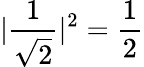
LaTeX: |\frac{1}{\sqrt{2}}|^{2}=\frac{1}{2}